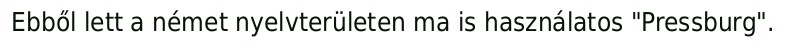
Ebből lett a német nyelvterületen ma is használatos "Pressburg".